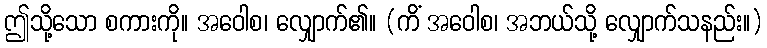
ဤသို့သော စကားကို။ အဝေါစ၊ လျှောက်၏။ (ကိံ အဝေါစ၊ အဘယ်သို့ လျှောက်သနည်း။)